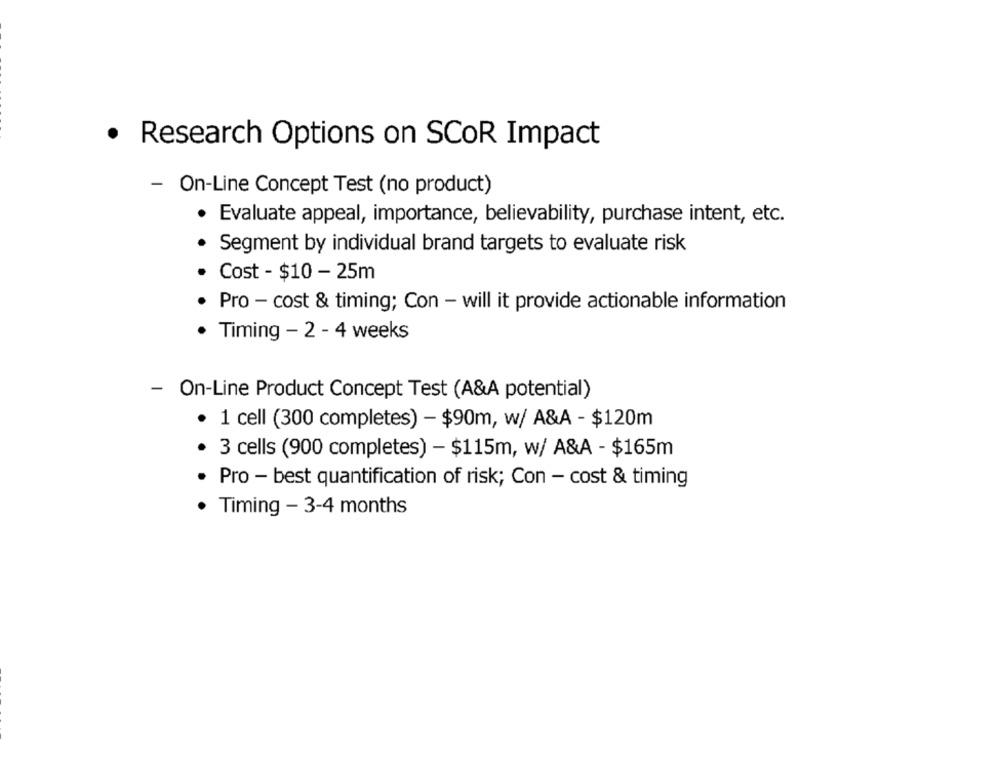
· Research Options on SCOR Impact
- On-Line Concept Test (no product)
· Evaluate appeal, importance, believability, purchase intent, etc.
Segment by individual brand targets to evaluate risk
Cost - $10 - 25m
Pro - cost & timing; Con - will it provide actionable information
Timing - 2 - 4 weeks
- On-Line Product Concept Test (A&A potential)
1 cell (300 completes) - $90m, w/ A&A - $120m
3 cells (900 completes) - $115m, w/ A&A - $165m
Pro - best quantification of risk; Con - cost & timing
. Timing - 3-4 months